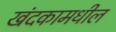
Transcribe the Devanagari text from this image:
खंदकामधील